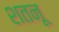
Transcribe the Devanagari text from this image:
शतनू